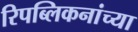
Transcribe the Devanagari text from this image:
रिपब्लिकनांच्या